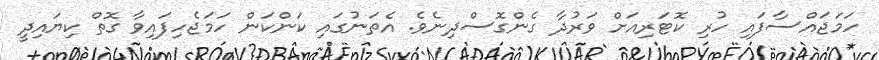
ހަމަޖައްސާފައި ހުރި ކޮޓަރިއަށް ވަރުދާ ގެންގޮސްދިނެވެ. އެތަނުގައި ކަންކަން ހަމަޖެހިފައިވާ ގޮތް ކިޔައިދީ